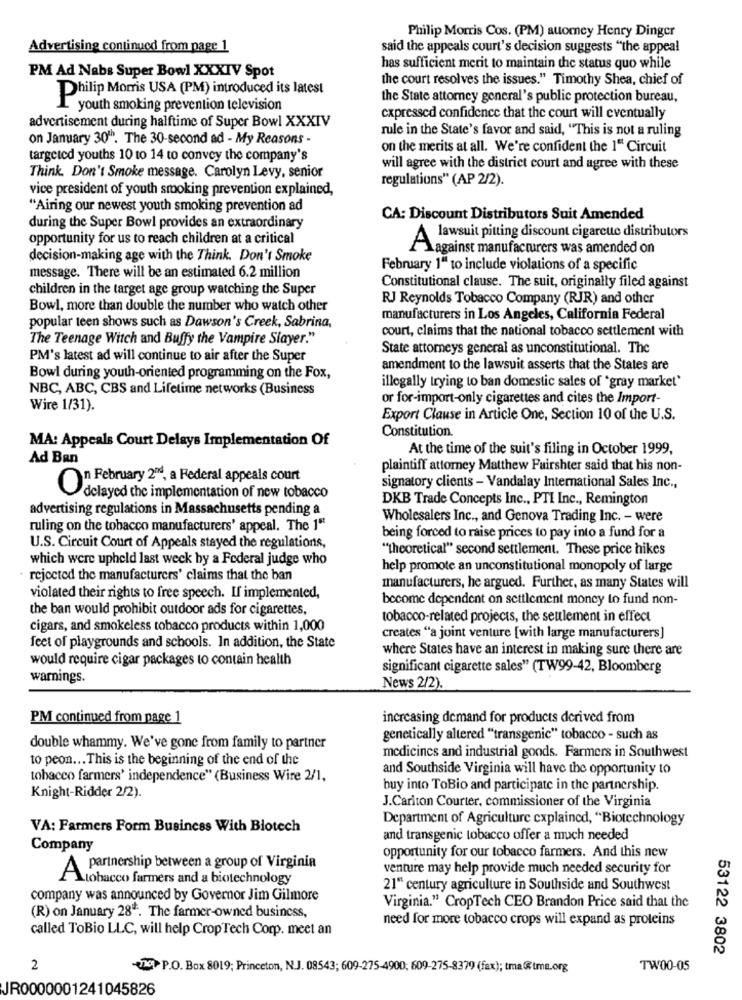
Philip Morris Cos. (PM) auomey Henry Dinger
Advertising continuod from page 1
said the appeals court's decision suggests "the appeal
PM Ad Nabs Super Bowl XXXIV Spot
has sufficient merit to maintain the status quo while
the court resolves the issues." Timothy Shea, chief of
hilip Morris USA (PM) introduced its latest
the State attorney general's public protection bureau,
I youth smoking prevention television
expressed confidence that the court will eventually
advertisement during halftime of Super Bowl XXXIV
rule in the State's favor and said, "This is not a ruling
on January 30"". The 30-second ad - My Reasons -
on the merits at all. We're confident the 1" Circuit
targeted youths 10 to 14 to convey the company's
will agree with the district court and agree with these
Think. Don't Smoke message. Carolyn Levy, senior
regulations" (AP 2/2).
vice president of youth smoking prevention explained,
"Airing our newest youth smoking prevention ad
CA: Discount Distributors Suit Amended
during the Super Bowl provides an extraordinary
opportunity for us to reach children at a critical
A lawsuit pitting discount cigarette distributors
\ against manufacturers was amended on
decision-making age with the Think. Don't Smoke
February 1" to include violations of a specific
message. There will be an estimated 6.2 million
children in the target age group watching the Super
Constitutional clause. The suit, originally filed against
RJ Reynolds Tobacco Company (RJR) and other
Bowl, more than double the number who watch other
manufacturers in Los Angeles, California Federal
popular teen shows such as Dawson's Creek, Sabrina,
court, claims that the national tobacco settlement with
The Teenage Witch and Buffy the Vampire Slayer."
State attorneys general as unconstitutional. The
PM's latest ad will continue to air after the Super
amendment to the lawsuit asserts that the States are
Bowl during youth-oriented programming on the Fox,
NBC, ABC, CBS and Lifetime networks (Business
illegally trying to ban domestic sales of *gray market'
or for-import-only cigarettes and cites the Import-
Wire 1/31).
Export Clause in Article One, Section 10 of the U.S.
Constitution.
MA: Appeals Court Delays Implementation Of
At the time of the suit's filing in October 1999,
Ad Ban
plaintiff attorney Matthew Fairshter said that his non-
O" February 2", a Federal appeals court
signatory clients - Vandalay International Sales Inc .,
delayed the implementation of new tobacco
DKB Trade Concepts Inc ., PTI Inc ., Remington
advertising regulations in Massachusetts pending a
Wholesalers Inc ., and Genova Trading Inc. - were
ruling on the tobacco manufacturers' appeal. The 1"
being forced to raise prices to pay into a fund for a
U.S. Circuit Court of Appeals stayed the regulations,
"theoretical" second settlement. These price hikes
which were upheld last week by a Federal judge who
help promote an unconstitutional monopoly of large
rejected the manufacturers' claims that the ban
manufacturers, he argued. Further, as many States will
violated their rights to free speech. If implemented,
become dependent on settlement money to fund non-
the ban would prohibit outdoor ads for cigarettes,
tobacco-related projects, the settlement in effect
cigars, and smokeless tobacco products within 1,000
creates "a joint venture [with large manufacturers]
feet of playgrounds and schools. In addition, the State
where States have an interest in making sure there are
would require cigar packages to contain health
significant cigarette sales" (TW99-42, Bloomberg
warnings.
News 2/2).
PM continued from page 1
increasing demand for products derived from
genetically altered "transgenic" tobacco - such as
double whammy. We've gone from family to partner
medicines and industrial goods. Farmers in Southwest
to peon ... This is the beginning of the end of the
and Southside Virginia will have the opportunity to
tobacco farmers' independence" (Business Wire 2/1,
buy into ToBio and participate in the partnership.
Knight-Ridder 2/2).
J.Carlton Courter, commissioner of the Virginia
Department of Agriculture explained, "Biotechnology
VA: Farmers Form Business With Biotech
and transgenic tobacco offer a much needed
Company
opportunity for our tobacco farmers. And this new
partnership between a group of Virginia
venture may help provide much needed security for
Atobacco farmers and a biotechnology
21" century agriculture in Southside and Southwest
company was announced by Governor Jim Gilmore
Virginia." CropTech CEO Brandon Price said that the
(R) on January 28 *. The farmer-owned business,
need for more tobacco crops will expand as proteins
called ToBio LLC, will help CropTech Corp. meet an
53122 3802
2
320 P.O. Box 8019; Princeton, N.J. 08543; 609-275-4900; 609-275-8379 (fax); tma@tma.org
TW00-05
JR0000001241045826